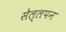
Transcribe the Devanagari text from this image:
सेल्लपन